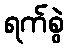
ရက်စွဲ